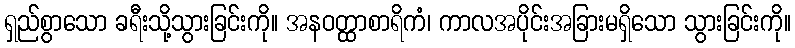
ရှည်စွာသော ခရီးသို့သွားခြင်းကို။ အနဝတ္ထာစာရိကံ၊ ကာလအပိုင်းအခြားမရှိသော သွားခြင်းကို။